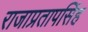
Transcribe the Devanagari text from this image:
राजाप्रतापसिंह